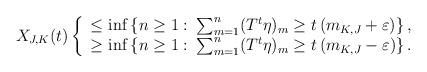
LaTeX: \begin{align*}X_{J,K}(t)\left\{\begin{array}{l} \leq \inf\left\{n\geq1:\:\sum_{m=1}^{n}(T^t\eta)_m\geq t\left(m_{K,J}+\varepsilon\right)\right\},\\ \geq \inf\left\{n\geq1:\:\sum_{m=1}^{n}(T^t\eta)_m\geq t\left(m_{K,J}-\varepsilon\right)\right\}.\end{array}\right.\end{align*}